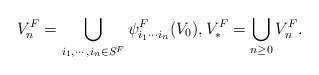
\begin{align*} \displaystyle {V^F_n = \bigcup_{i_1,\cdots, i_n \in S^F} \psi^F_{i_1\cdots i_n}(V_0)}, V^F_{*}=\bigcup_{n\ge 0} V^F_n.\end{align*}